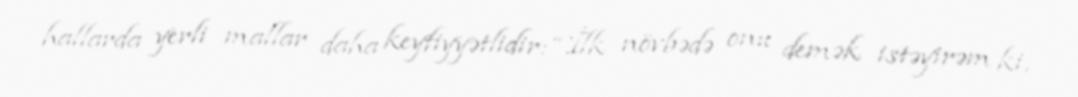
hallarda yerli mallar daha keyfiyyətlidir: “İlk növbədə onu demək istəyirəm ki,